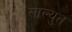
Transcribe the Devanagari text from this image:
साल्युत